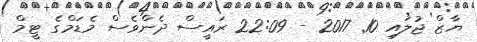
ޔާޒް ޖުލައި 10